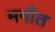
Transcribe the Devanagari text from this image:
मगौत